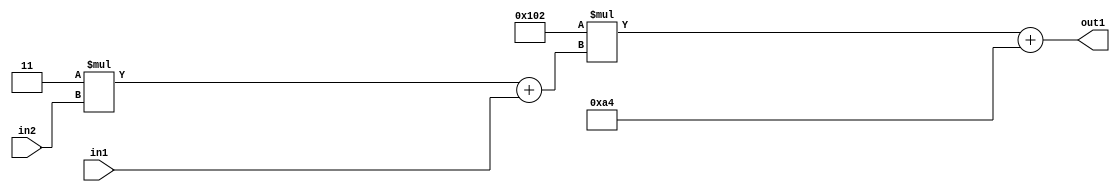
`timescale 1ps / 1ps
/*****************************************************************************
    Verilog RTL Description
    
    
    Created by: Stratus DpOpt 2019.1.01 
*******************************************************************************/

module DC_Filter_Add2i164Mul2i258Add2u1Mul2i3u2_1 (
	in2,
	in1,
	out1
	); /* architecture "behavioural" */ 
input [1:0] in2;
input  in1;
output [11:0] out1;
wire [11:0] asc001;
wire [3:0] asc002;

wire [3:0] asc002_tmp_0;
assign asc002_tmp_0 = 
	+(4'B0011 * in2);
assign asc002 = asc002_tmp_0
	+(in1);

wire [11:0] asc001_tmp_1;
assign asc001_tmp_1 = 
	+(12'B000100000010 * asc002);
assign asc001 = asc001_tmp_1
	+(12'B000010100100);

assign out1 = asc001;
endmodule

/* CADENCE  v7X3Qww= : u9/ySgnWtBlWxVPRXgAZ4Og= ** DO NOT EDIT THIS LINE ******/